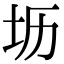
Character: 坜